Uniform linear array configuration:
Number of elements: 48
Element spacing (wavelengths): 0.25
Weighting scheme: exponential
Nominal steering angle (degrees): -45
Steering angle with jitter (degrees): -43.579
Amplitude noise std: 0.05
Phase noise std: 0.05

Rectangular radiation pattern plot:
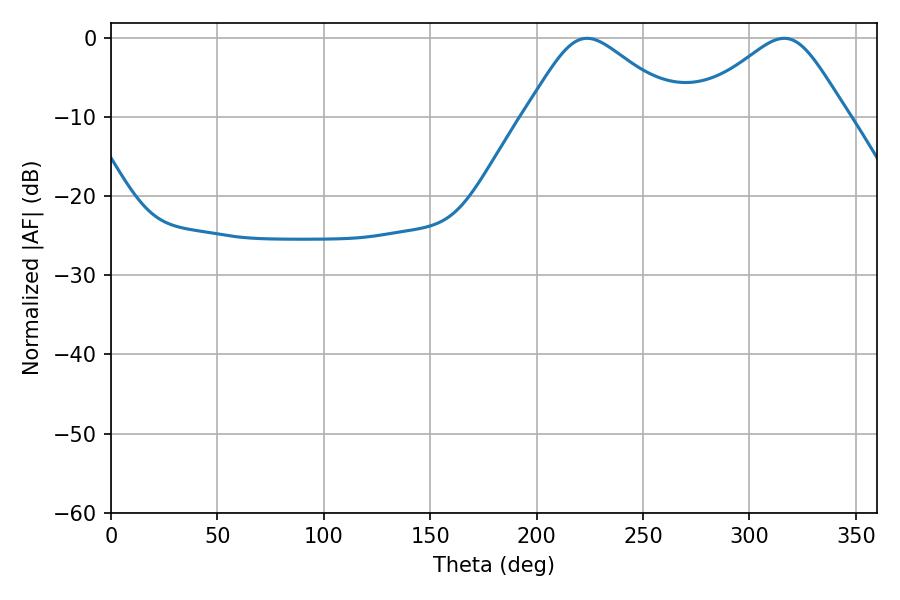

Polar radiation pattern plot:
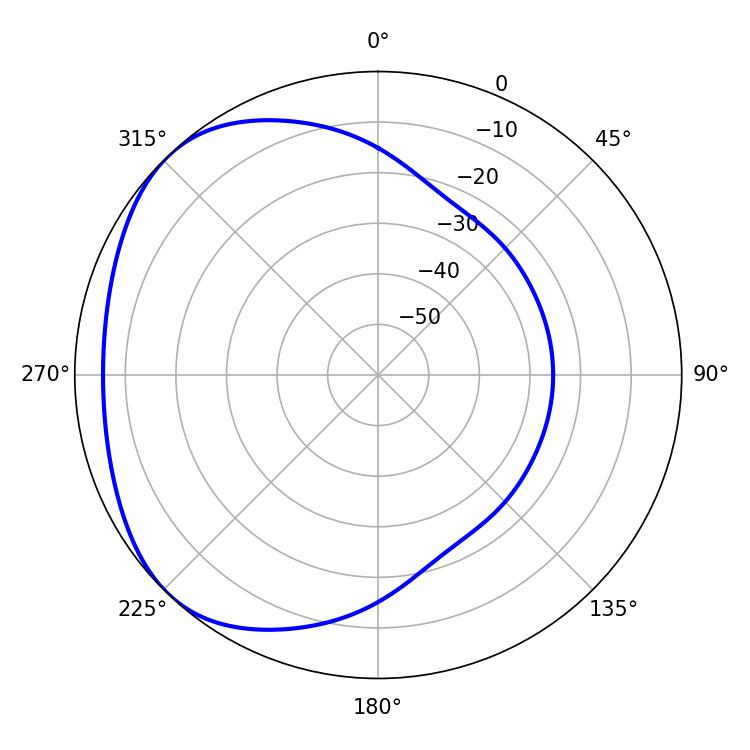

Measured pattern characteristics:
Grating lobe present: FALSE
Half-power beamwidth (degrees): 35.28
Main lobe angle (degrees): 223.74